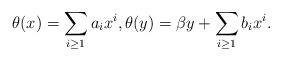
LaTeX: \begin{align*}\theta(x) = \sum_{i \geq 1} a_i x^i, \theta(y) = \beta y + \sum_{i \geq 1} b_i x^i.\end{align*}